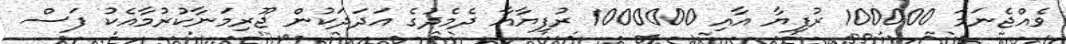
ވެއްޖެނަމަ 100000 ރުފިޔާ އާއި 1000000 ރުފިޔާއާ ދެމެދުގެ އަދަދަކުން ޖޫރިމަނާކުރުމާއެކު ފަސް